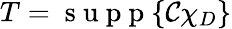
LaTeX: T=\mathrm{~s~u~p~p~}{\{ \mathcal C\chi_{D}\} }